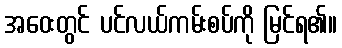
အဝေးတွင် ပင်လယ်ကမ်းစပ်ကို မြင်ရ၏။